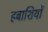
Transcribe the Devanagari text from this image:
हबाशियों